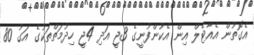
އެގޮތުން އެއާޓެލް އިން އެކުންފުނީގެ 3ޖީ އަދި 4ޖީ ހިދުމަތްތަކުގެ އަގު 80